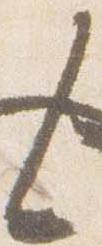
々